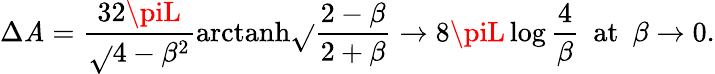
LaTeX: \Delta\mathit{A}=\frac{{32\piL}}{{\sqrt{}{{4-\beta^{2}}}}}\mathrm{{arctanh}}\sqrt{}{{\frac{{2-\beta}}{{2+\beta}}}}\to8\piL\log\frac{{4}}{{\beta}}\, \, \, \mathrm{{at}}\, \, \, \beta\to0.